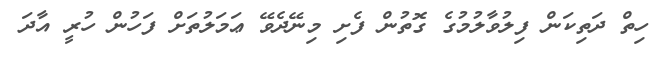
ހިތް ދަތިކަން ފިލުވާލުމުގެ ގޮތުން ފެށި މިނޭދެވޭ ޢަމަލުތަށް ފަހުން ހުރީ އާދަ